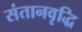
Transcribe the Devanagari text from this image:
संतानवृद्धि